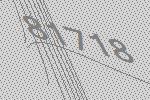
81718